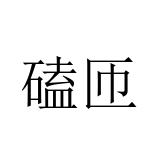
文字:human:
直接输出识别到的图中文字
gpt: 磕匝